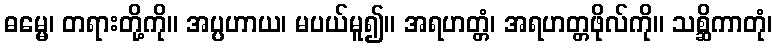
ဓမ္မေ၊ တရားတို့ကို။ အပ္ပဟာယ၊ မပယ်မူ၍။ အရဟတ္တံ၊ အရဟတ္တဖိုလ်ကို။ သစ္ဆိကာတုံ၊